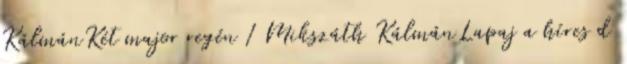
KálmánKét major regén 1 Mikszáth KálmánLapaj a híres d